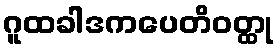
ဂူထခါဒကပေတိဝတ္ထု